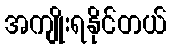
အကျိုးရနိုင်တယ်